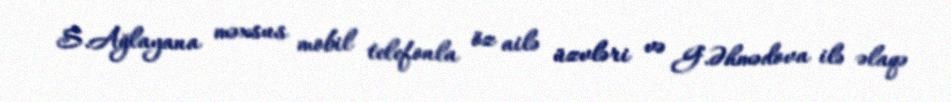
S.Ağlayana məxsus mobil telefonla öz ailə üzvləri və G.Əhmədova ilə əlaqə